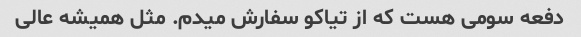
دفعه سومی هست که از تیاکو سفارش میدم. مثل همیشه عالی